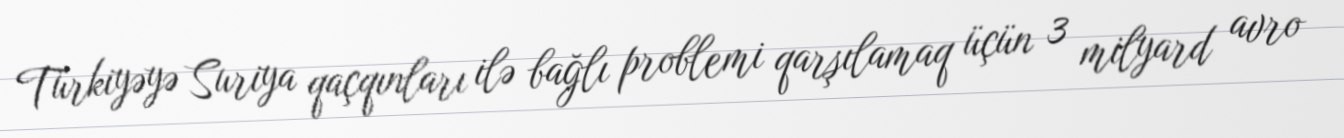
Türkiyəyə Suriya qaçqınları ilə bağlı problemi qarşılamaq üçün 3 milyard avro